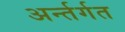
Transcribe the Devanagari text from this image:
अर्न्तर्गत